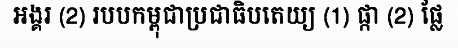
អង្គរ (2) របបកម្ពុជាប្រជាធិបតេយ្យ (1) ផ្កា (2) ផ្លែ